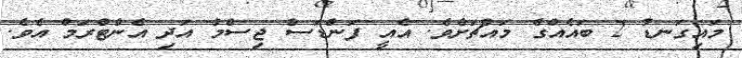
މައިގަނޑު 2 ބައެއްގެ މައްޗަށެވެ. އެއީ ފަންޑަސް ޖިސްމު އަދި އެންޓްރަމް އެވެ.